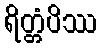
ရိတ္တံပိဿ